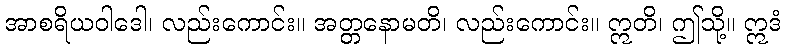
အာစရိယဝါဒေါ၊ လည်းကောင်း။ အတ္တနောမတိ၊ လည်းကောင်း။ ဣတိ၊ ဤသို့။ ဣဒံ